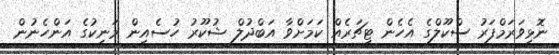
ނޮޅިވަރަމްފަރު ސްކޫލްގެ އެހެން ޓީޗަރެއް ކަމަށްވާ އަބްދުލް ޝުކޫރު ހުސެއިން މަނިކުގެ އަންހެނުން